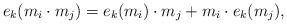
\begin{align*}e_k(m_i\cdot m_j)=e_k(m_i)\cdot m_j+m_i\cdot e_k(m_j),\end{align*}